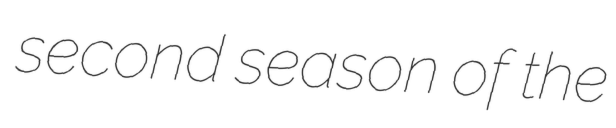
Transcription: second season of the